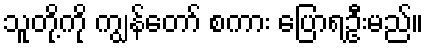
သူတို့ကို ကျွန်တော် စကား ပြောရဦးမည်။